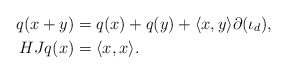
\begin{align*} q(x+y) & = q(x) + q(y) + \langle x,y\rangle \partial(\iota_d), \\HJ q(x) & = \langle x,x\rangle. \end{align*}